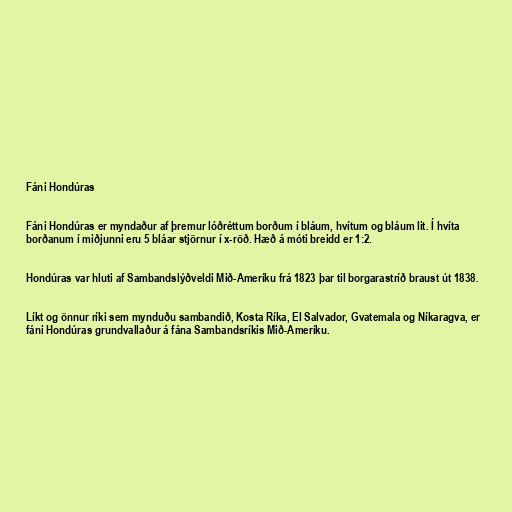
Fáni Hondúras

Fáni Hondúras er myndaður af þremur lóðréttum borðum í bláum, hvítum og bláum lit. Í hvíta
borðanum í miðjunni eru 5 bláar stjörnur í x-röð. Hæð á móti breidd er 1:2.

Hondúras var hluti af Sambandslýðveldi Mið-Ameríku frá 1823 þar til borgarastríð braust út 1838.

Líkt og önnur ríki sem mynduðu sambandið, Kosta Ríka, El Salvador, Gvatemala og Níkaragva, er
fáni Hondúras grundvallaður á fána Sambandsríkis Mið-Ameríku.